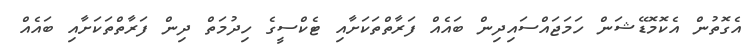
އެގޮތުން އެކޮމޮޑޭޝަން ހަމަޖައްސައިދިން ބައެއް ފަރާތްތަކަށާއި ޓެކްސީގެ ހިދުމަތް ދިން ފަރާތްތަކަށާއި ބައެއް